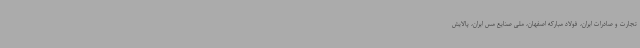
تجارت و صادرات ایران، فولاد مبارکه اصفهان، ملی صنایع مس ایران، پالایش